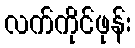
လက်ကိုင်ဖုန်း